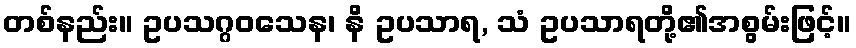
တစ်နည်း။ ဥပသဂ္ဂဝသေန၊ နိ ဥပသာရ, သံ ဥပသာရတို့၏အစွမ်းဖြင့်။